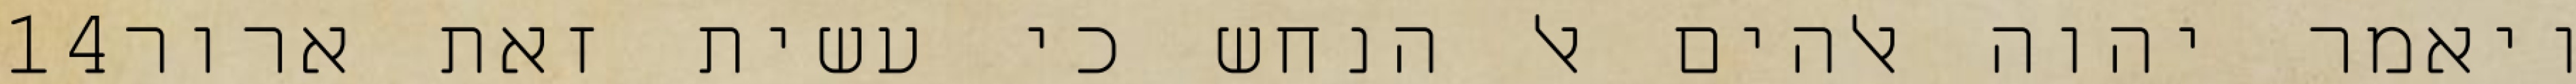
‎14‏ ויאמר יהוה אלהים אל הנחש כי עשית זאת ארור